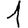
Digit: 1